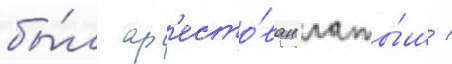
бы́л ар'есто́ван латы́ш /